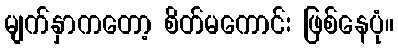
မျက်နှာကတော့ စိတ်မကောင်း ဖြစ်နေပုံ။